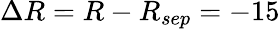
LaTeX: \Delta R=R-R_{sep}=-15